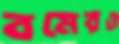
বমেরও